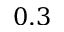
0 . 3